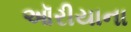
ઑરીયાના